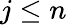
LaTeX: j\leq n